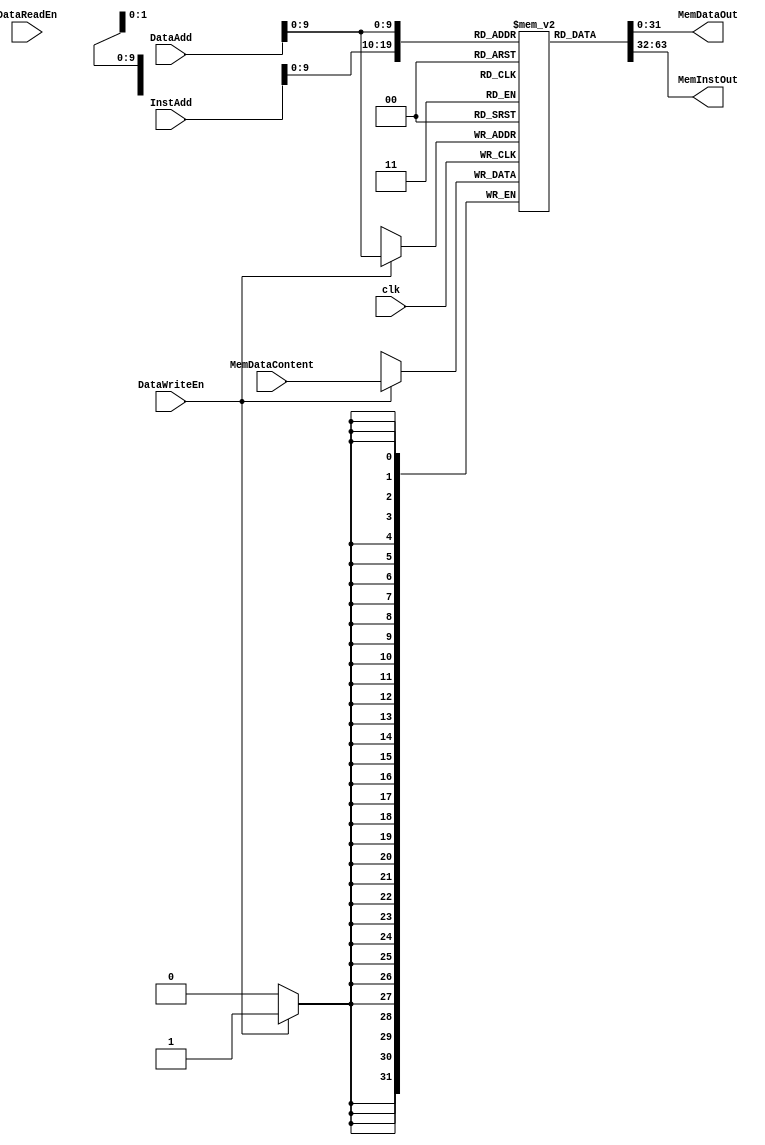
`timescale 1ns/1ps
module PowerOfTwoMemory(
    input wire 	      clk,
		       
    input wire [31:0] InstAdd, // Address to fetch instruction from
    input wire [31:0] DataAdd, // Address to fetch data from
    input wire [31:0] MemDataContent,
		       
    input wire 	      DataReadEn, // Enables output from memory
    input wire 	      DataWriteEn, // Enables writing to memory at end of cur. cycle

    output reg [31:0] MemDataOut, // Data from memory
    output reg [31:0] MemInstOut); // Instruction from memory	
   
   reg [31:0] 	      mem [1023:0];
 	      
   initial begin
       mem[0] = 32'h77FF0008;
       mem[1] = 32'h77FF0001;
       mem[2] = 32'h77FF0001;
       mem[3] = 32'h77FF0005;
       mem[4] = 32'hD33A0001;
       mem[5] = 32'h7BF90001;
       mem[6] = 32'h77FF0002;
       mem[7] = 32'h671F03F7;
       mem[8] = 32'h6FFE0000;
       mem[9] = 32'hc31f0001;
       mem[10] = 32'hC35F0001;
       mem[11] = 32'h8318C000;
       mem[12] = 32'h77DFFFF7;
       mem[13] = 32'h7BF8FFFD;
       mem[14] = 32'hC31F0001;
       mem[15] = 32'h00000000;
   end
   
   always @(posedge clk) begin
       //#1
       if (DataWriteEn) begin
	   mem[DataAdd] = MemDataContent;
	end
   end
   
   always @(DataAdd, InstAdd) begin
       //#2
       MemInstOut = mem[InstAdd];
       MemDataOut = mem[DataAdd];
   end
endmodule // BasicTestMemory